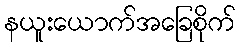
နယူးယောက်အခြေစိုက်